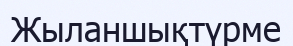
Жыланшықтүрме